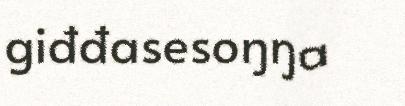
giđđasesoŋŋa